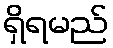
ရှိရမည်